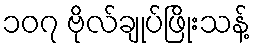
၁၀၇ ဗိုလ်ချုပ်ဖြိုးသန့်